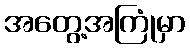
အတွေ့အကြုံမှာ